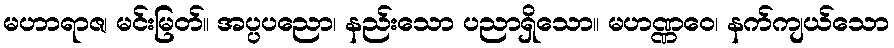
မဟာရာဇ၊ မင်းမြတ်။ အပ္ပပညော၊ နည်းသော ပညာရှိသော။ မဟဏ္ဏဝေ၊ နက်ကျယ်သော